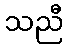
သညီ